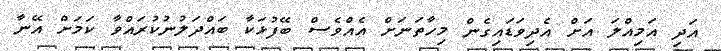
އަދި އަމިއްލަ އަށް އެދިވަޑައިގެން މިހާތަނަށް އެއްވެސް ބޭފުޅަކާ ބައްދަލުނުކުރައްވާ ކަމަށް އޭނާ